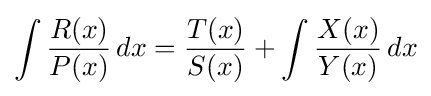
\int {R(x) \over P(x)}\,dx={T(x) \over S(x)}+\int {X(x) \over Y(x)}\,dx